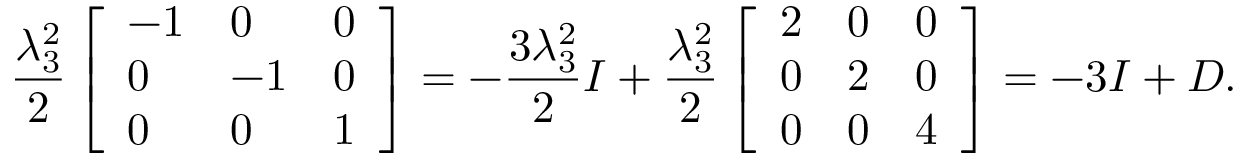
\frac { \lambda _ { 3 } ^ { 2 } } { 2 } \left[ \begin{array} { l l l } { - 1 } & { 0 } & { 0 } \\ { 0 } & { - 1 } & { 0 } \\ { 0 } & { 0 } & { 1 } \end{array} \right] = - \frac { 3 \lambda _ { 3 } ^ { 2 } } { 2 } I + \frac { \lambda _ { 3 } ^ { 2 } } { 2 } \left[ \begin{array} { l l l } { 2 } & { 0 } & { 0 } \\ { 0 } & { 2 } & { 0 } \\ { 0 } & { 0 } & { 4 } \end{array} \right] = - 3 I + D .